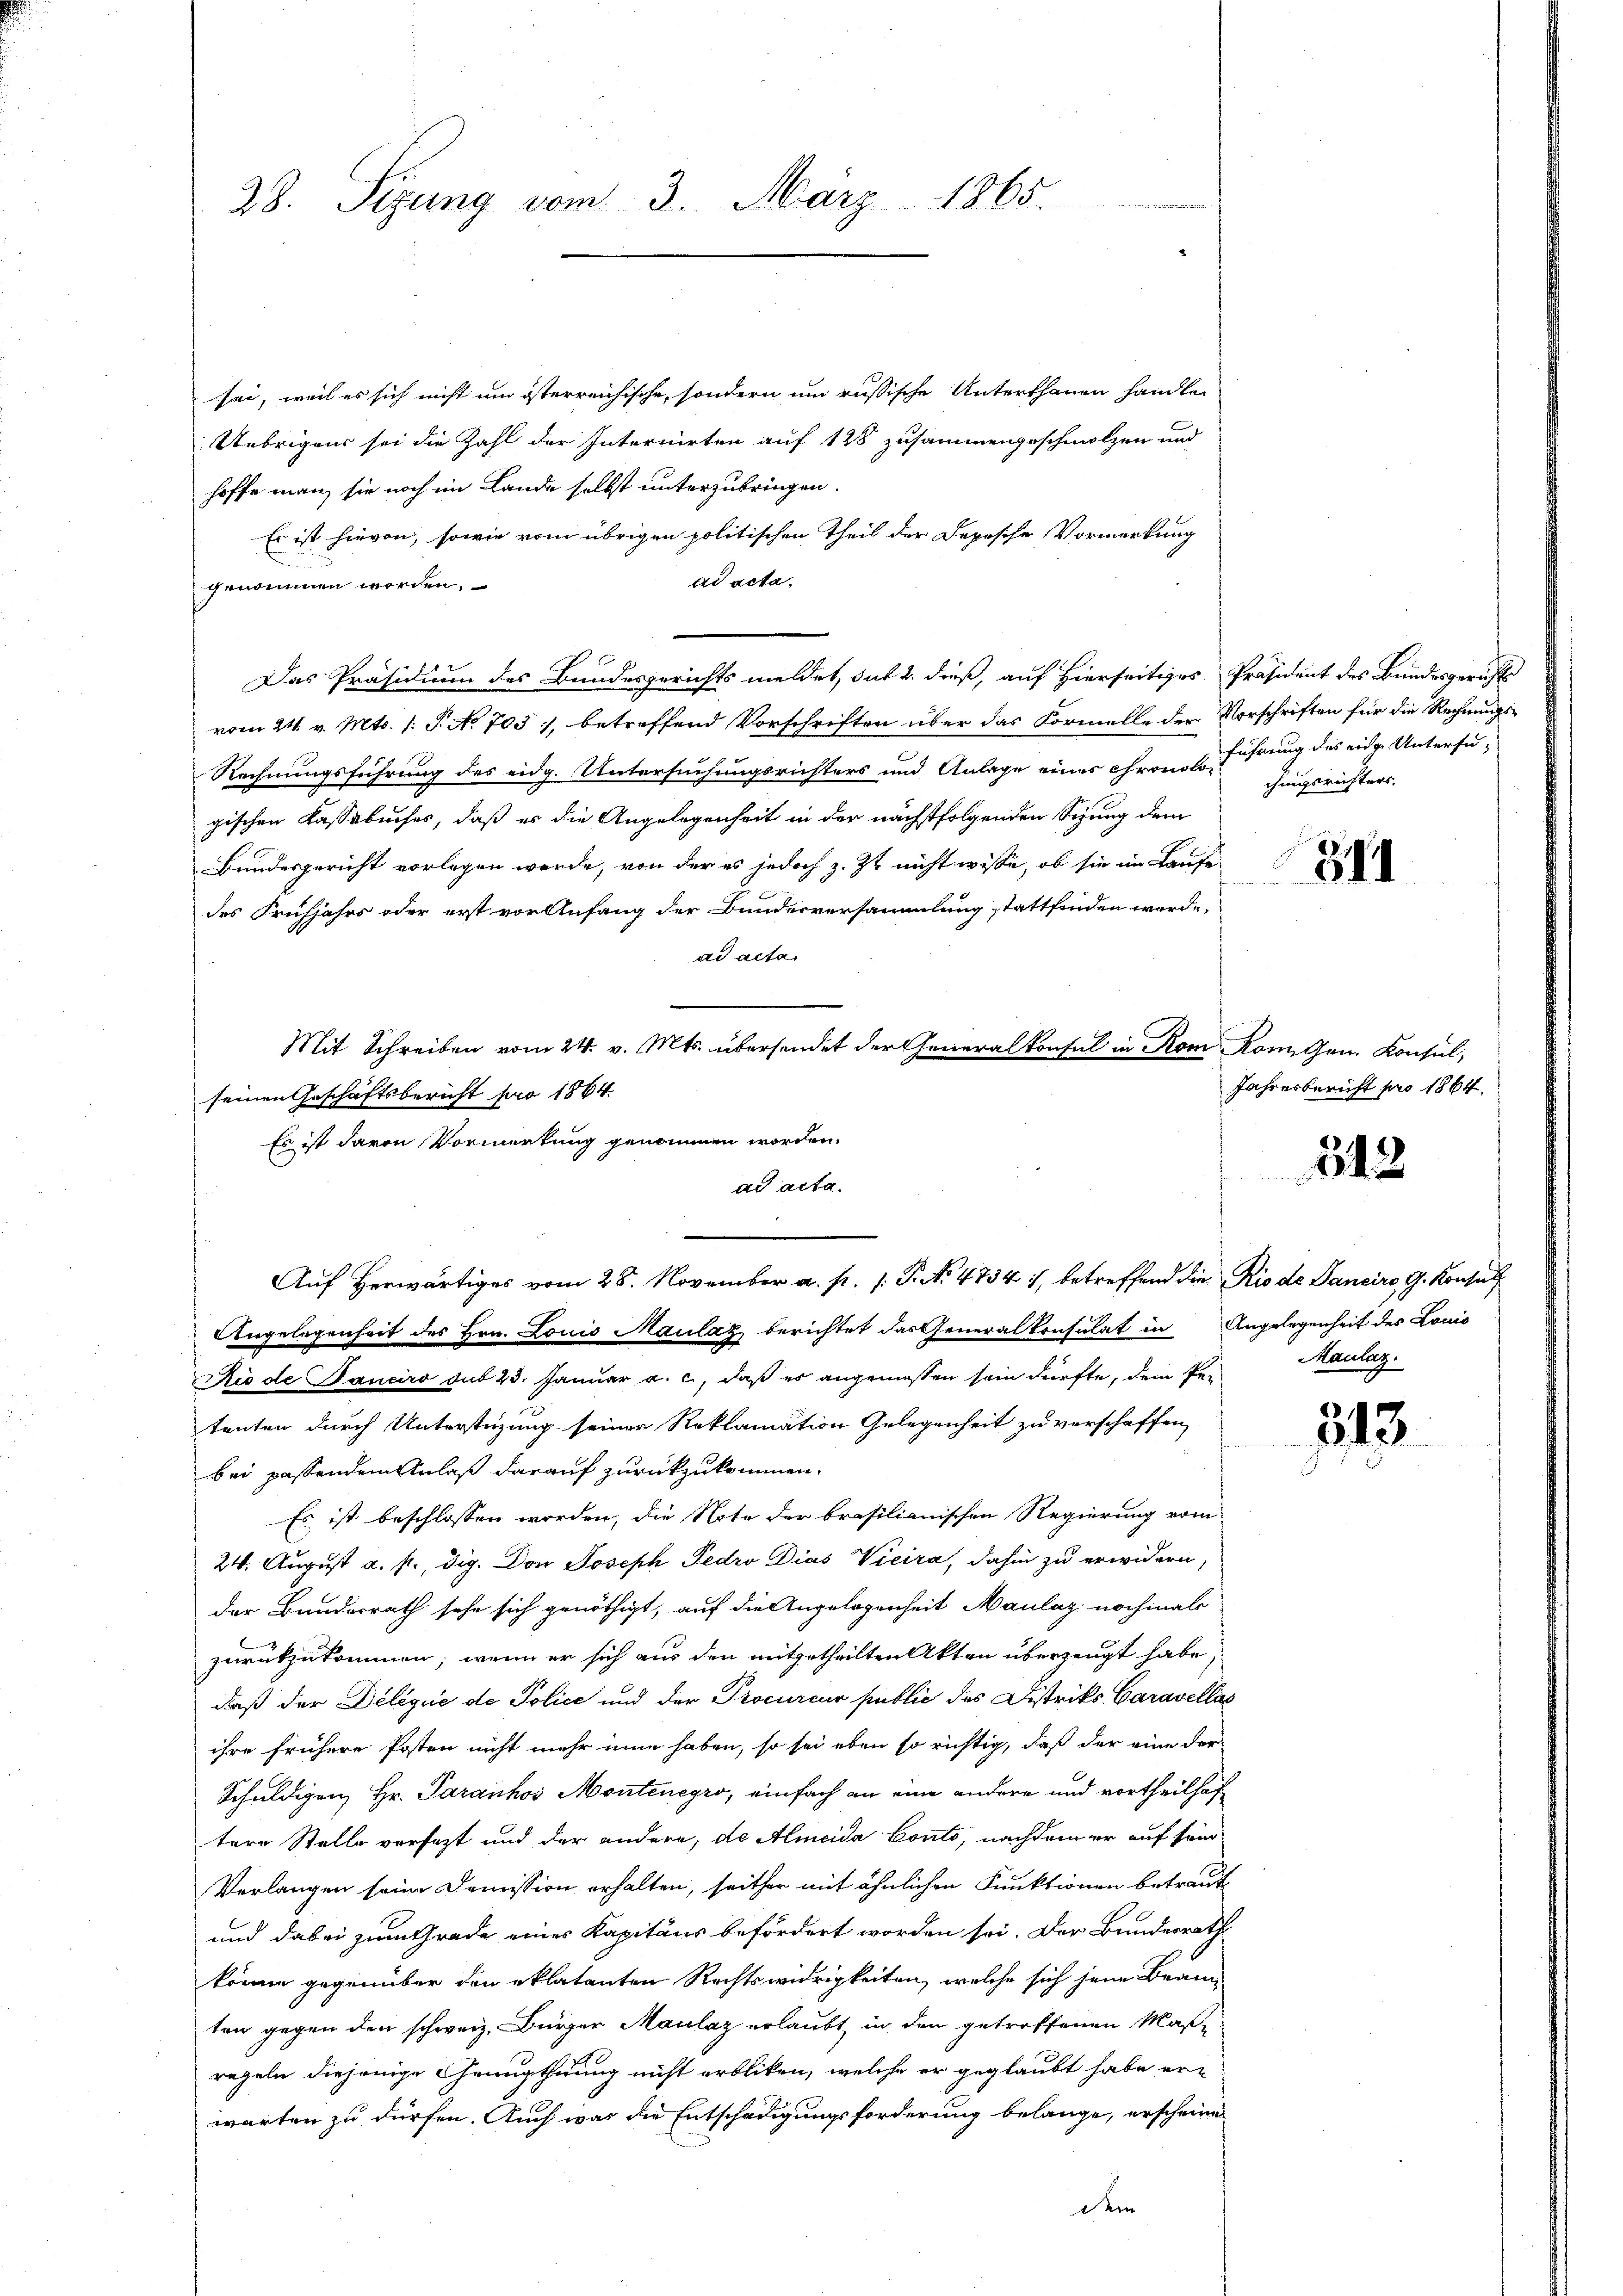
28. Seizung vom 3. März 1865.

sei, weil es sich nicht um österreichische, sondern um russische Unterthanen handle
Uebrigens sei die Zahl der Interriirten auf 128 zusammengeschmolzen und
hoffe man sie noch im Lande selbst unterzubringen.
Es ist hievon, sowie vom übrigen politischen Theil der Depesche Vormerkung
ad acta.
genommen worden.
Das Präsidium des Bundesgerichts meldet, dat 2. dieß, auf Hierseitiges Präsident des Bundesgerichts
vom 24. v. Mts. (: P. No 703, betreffend Vorschriften über das Formelle der Vorschriften für die Rechnungs¬
Rechnungsführung des eidg. Untersuchungsrichters und Anlage eines ihren Er führung des eidg. Untersugischen Kassabuches, daß es die Angelegenheit in der nächstfolgenden Sizung dem
Bundesgericht vorlegen werde, von der es jedoch z. Zt. nicht wisse, ob sie im Laufe
des Frühjahrs oder erst vor Anfang der Bundesversammlung stattfinden werde,
ad acta.
seinen Geschäftsbericht pro 1864.
Es ist darin Vormerkung genommen worden,
Angelegenheit des Hrn. Louis Maulaz berichtet das Generalkonsulat in Angelegenheit des Louis
Rio de Panciro aus 23. Januar a. c., daß er angemessen sein dürfte, dem Petenten durch Unterstüzung seiner Reklamation Gelegenheit zu verschaffen,
bei passendem Anlaß darauf zurückzukommen.
Es ist beschlossen worden, die Note der brasilianischen Regierung vom
24. August a. p., dig. Don Joseph Fedro Dias Vicira, dahin zu erwidern,
der Bunderrath sehe sich genöthigt, auf die Angelegenheit Maulaz nochmals
zurückzukommen, wenn er sich aus den mitgetheilten Akten überzeugt habe,
daß der Delique de Police und der Procureur public des Distriks Caravellas
ihre frühere Posten nicht mehr inne haben, so sei eben so richtig, daß der eine der
Schuldigen, Hr. Paranhos Montenegro, einfach an eine andere und vortheilhaftere Stelle versezt und der andere, de Ameida Conto, nachdem er auf sein
Verlangen seine Domission erhalten, seither mit ähnlichen Funktionen betraut
und dabei zum Grade eines Kapitäns befördert worden sei. Der Bundesrath
könne gegenüber den eklatanten Rechtswidrigkeiten, welche sich jene Brann
ten gegen den schweiz. Bürger Maulaz erlaubt, in den getroffenen Maßregeln diejenige Genugthuung nicht erbliken, welche er geglaubt habe er-
warten zu dürfen. Auch was die Entschädigungsforderung belange, erscheinen
dein

ad acta.
Auf Herwärtiges vom 28. November a. p. 1. P. No 4734 7, betreffend die Rio de Panciro G. Konsuls

Mit Schreiben vom 24. v. Mts. übersendet der Generalkonsul in Rom Kon Gen. Konsul,

chungsrichters.

311

Jahresbericht pro 1864.

312

Maulaz

313